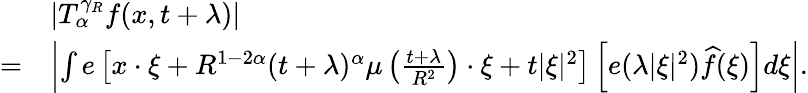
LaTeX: \begin{array}{rl}&{|T_{\alpha}^{\gamma_{R}}f(x,t+\lambda)|}\\ {=}&{\left|\int e\left[x\cdot\xi+R^{1-2\alpha}(t+\lambda)^{\alpha}\mu\left(\frac{t+\lambda}{R^{2}}\right)\cdot\xi+t|\xi|^{2}\right]\left[e(\lambda|\xi|^{2})\widehat{f}(\xi)\right]d\xi\right|.}\end{array}